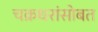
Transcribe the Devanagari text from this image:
चक्रधरांसोबत